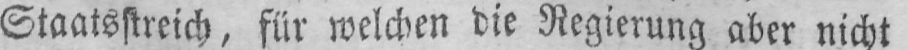
Staatsstreich, für welchen die Regierung aber nicht